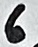
Text: 6